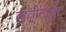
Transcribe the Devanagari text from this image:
कवीतेतून